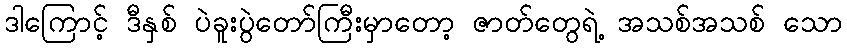
ဒါကြောင့် ဒီနှစ် ပဲခူးပွဲတော်ကြီးမှာတော့ ဇာတ်တွေရဲ့ အသစ်အသစ် သော